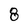
Character: 8